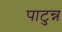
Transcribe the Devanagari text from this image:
पाटुन्न